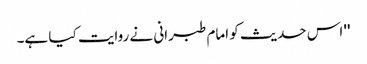
'' اس حدیث کو امام طبرانی نے روایت کیا ہے۔